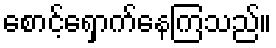
စောင့်ရှောက်နေကြသည်။